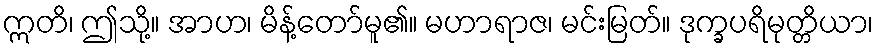
ဣတိ၊ ဤသို့။ အာဟ၊ မိန့်တော်မူ၏။ မဟာရာဇ၊ မင်းမြတ်။ ဒုက္ခပရိမုတ္တိယာ၊